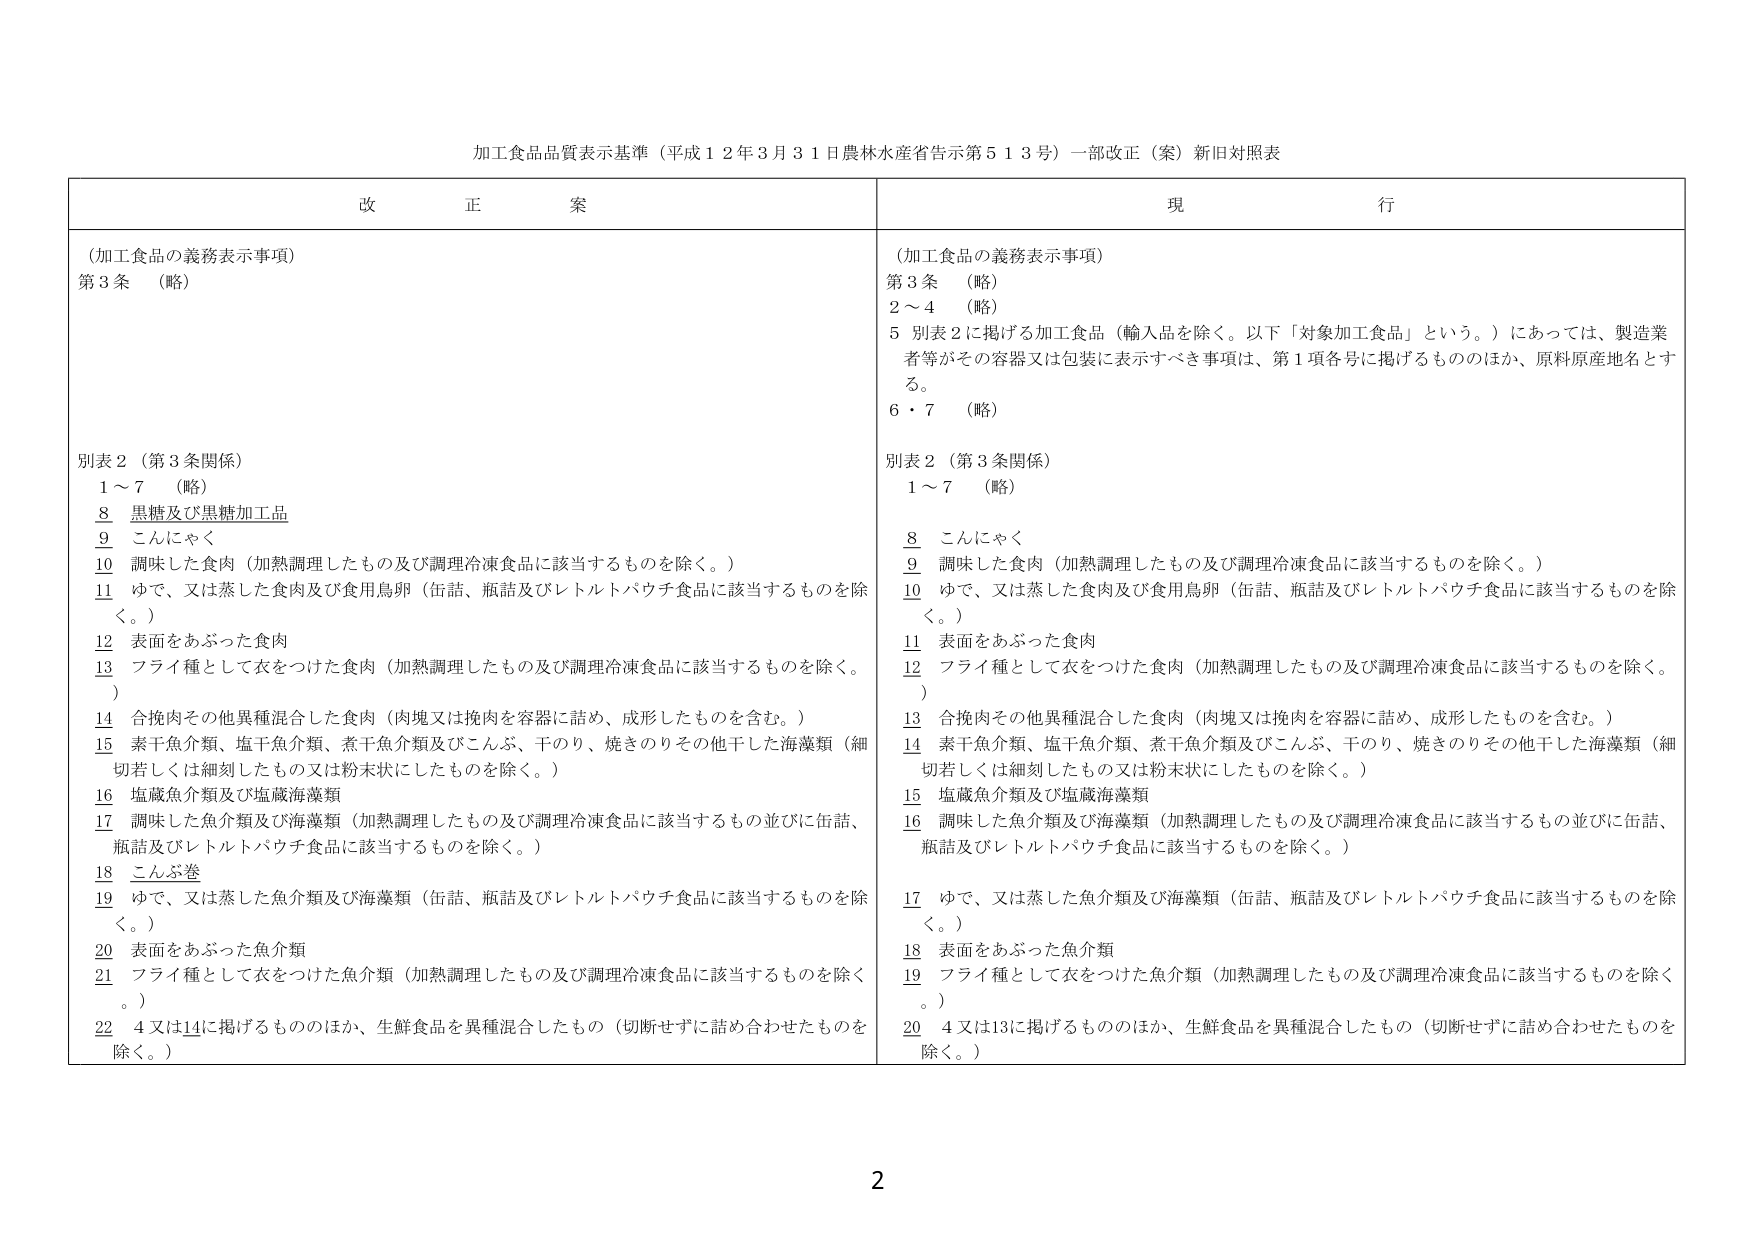
加工食品品質表示基準（平成１２年３月３１日農林水産省告示第５１３号）一部改正（案）新旧対照表

改 正 案

（加工食品の義務表示事項）
第３条 （略）

別表２（第３条関係）
１～７ （略）
８ 黒糖及び黒糖加工品
９ こんにゃく
10 調味した食肉（加熱調理したもの及び調理冷凍食品に該当するものを除く。）
11 ゆで、又は蒸した食肉及び食用鳥卵（缶詰、瓶詰及びレトルトパウチ食品に該当するものを除く。）
12 表面をあぶった食肉
13 フライ種として衣をつけた食肉（加熱調理したもの及び調理冷凍食品に該当するものを除く。）
14 合挽肉その他異種混合した食肉（肉塊又は挽肉を容器に詰め、成形したものを含む。）
15 素干魚介類、塩干魚介類、煮干魚介類及びこんぶ、干のり、焼きのりその他干した海藻類（細切若しくは細刻したもの又は粉末状にしたものを除く。）
16 塩蔵魚介類及び塩蔵海藻類
17 調味した魚介類及び海藻類（加熱調理したもの及び調理冷凍食品に該当するもの並びに缶詰、瓶詰及びレトルトパウチ食品に該当するものを除く。）
18 こんぶ巻
19 ゆで、又は蒸した魚介類及び海藻類（缶詰、瓶詰及びレトルトパウチ食品に該当するものを除く。）
20 表面をあぶった魚介類
21 フライ種として衣をつけた魚介類（加熱調理したもの及び調理冷凍食品に該当するものを除く。）
22 ４又は14に掲げるもののほか、生鮮食品を異種混合したもの（切断せずに詰め合わせたものを除く。）

現 行

（加工食品の義務表示事項）
第３条 （略）
２～４ （略）
５ 別表２に掲げる加工食品（輸入品を除く。以下「対象加工食品」という。）にあっては、製造業者等がその容器又は包装に表示すべき事項は、第１項各号に掲げるもののほか、原料原産地名とする。
６・７ （略）

別表２（第３条関係）
１～７ （略）
８ こんにゃく
９ 調味した食肉（加熱調理したもの及び調理冷凍食品に該当するものを除く。）
10 ゆで、又は蒸した食肉及び食用鳥卵（缶詰、瓶詰及びレトルトパウチ食品に該当するものを除く。）
11 表面をあぶった食肉
12 フライ種として衣をつけた食肉（加熱調理したもの及び調理冷凍食品に該当するものを除く。）
13 合挽肉その他異種混合した食肉（肉塊又は挽肉を容器に詰め、成形したものを含む。）
14 素干魚介類、塩干魚介類、煮干魚介類及びこんぶ、干のり、焼きのりその他干した海藻類（細切若しくは細刻したもの又は粉末状にしたものを除く。）
15 塩蔵魚介類及び塩蔵海藻類
16 調味した魚介類及び海藻類（加熱調理したもの及び調理冷凍食品に該当するもの並びに缶詰、瓶詰及びレトルトパウチ食品に該当するものを除く。）
17 ゆで、又は蒸した魚介類及び海藻類（缶詰、瓶詰及びレトルトパウチ食品に該当するものを除く。）
18 表面をあぶった魚介類
19 フライ種として衣をつけた魚介類（加熱調理したもの及び調理冷凍食品に該当するものを除く。）
20 ４又は13に掲げるもののほか、生鮮食品を異種混合したもの（切断せずに詰め合わせたものを除く。）

2